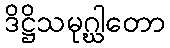
ဒိဋ္ဌိသမုဂ္ဃါတော